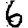
Digit: 6